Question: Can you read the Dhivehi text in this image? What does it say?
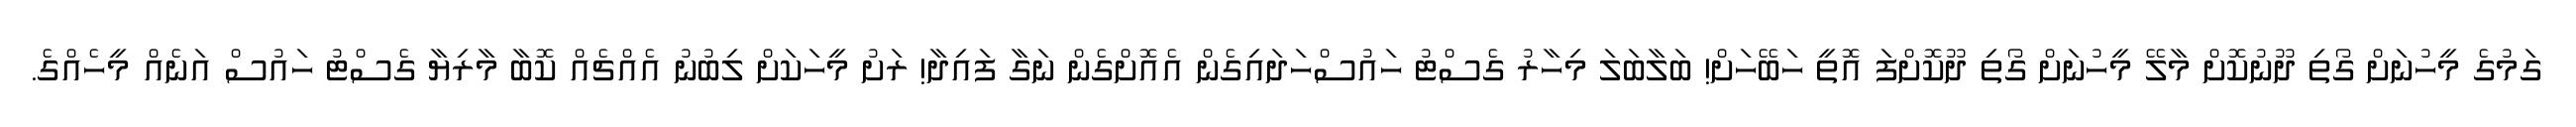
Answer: ގަމުގެ މީހުނަށް ގޯތި ދޫނުކޮށް މާލޭ މީހުނަށް ގޯތި ދޫކޮށްފަ އޮތީ ހަބޭހަށް! ބަލާބަލަ މިހާރު ގެސްޓު ހައުސްހަދައިގެން އެއޮށްގެން ނަގާ ފައިދާ! ރަށު މީހަކަށް ލިބުނު އެއްޗެއް ކޮބާ މާރިޔާ ގެސްޓު ހައުސް އަނެއް މީހެއްގެ.